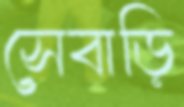
সেবাড়ি